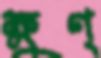
ক্ষুণ্